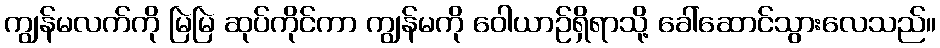
ကျွန်မလက်ကို မြဲမြဲ ဆုပ်ကိုင်ကာ ကျွန်မကို ဝေါယာဉ်ရှိရာသို့ ခေါ်ဆောင်သွားလေသည်။